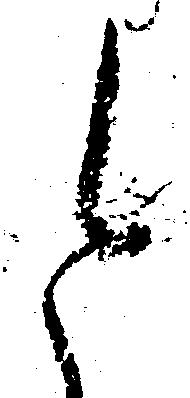
と